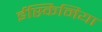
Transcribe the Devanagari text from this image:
ईस्किमिया